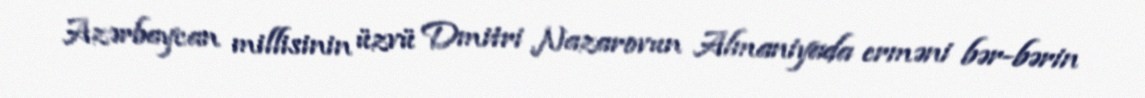
Azərbaycan millisinin üzvü Dmitri Nazarovun Almaniyada erməni bər-bərin